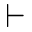
\vdash